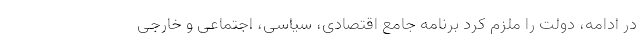
در ادامه، دولت را ملزم کرد برنامه جامع اقتصادی، سیاسی، اجتماعی و خارجی